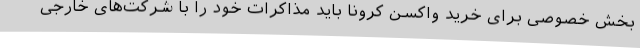
بخش خصوصی برای خرید واکسن کرونا باید مذاکرات خود را با شرکت‌های خارجی